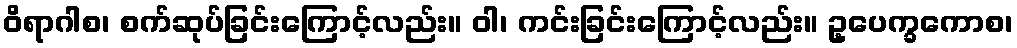
ဝိရာဂါစ၊ စက်ဆုပ်ခြင်းကြောင့်လည်း။ ဝါ၊ ကင်းခြင်းကြောင့်လည်း။ ဥ့ပေက္ခကောစ၊